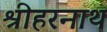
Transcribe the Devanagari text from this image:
श्रीहरनाथ